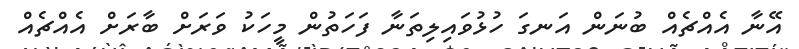
އޭނާ އެއްޗެއް ބުނަން އަނގަ ހުޅުވައިލިތަނާ ފަހަތުން މީހަކު ވަރަށް ބާރަށް އެއްޗެއް